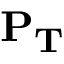
\mathbf { P _ { T } }